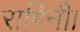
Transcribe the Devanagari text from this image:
रागिनी।